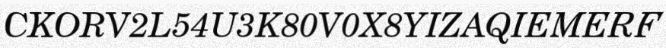
CKORV2L54U3K80V0X8YIZAQIEMERF